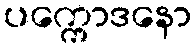
ပက္ကောဒနော